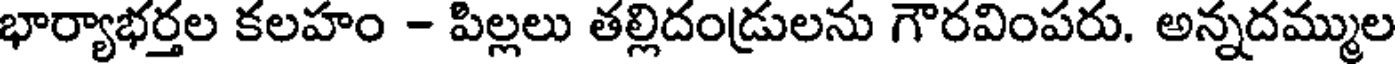
భార్యాభర్తల కలహం - పిల్లలు తల్లిదండ్రులను గౌరవింపరు. అన్నదమ్ముల